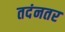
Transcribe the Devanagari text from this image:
तदंनतर